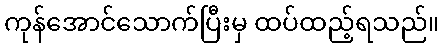
ကုန်အောင်သောက်ပြီးမှ ထပ်ထည့်ရသည်။